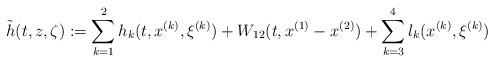
LaTeX: \begin{align*} \tilde{h}(t,z,\zeta) := \sum_{k=1}^2 h_k(t,x^{(k)},\xi^{(k)}) + W_{12}(t,x^{(1)} -x^{(2)}) + \sum_{k=3}^4l_k(x^{(k)},\xi^{(k)}) \end{align*}